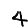
Digit: 4